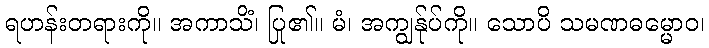
ရဟန်းတရားကို။ အကာသိံ၊ ပြု၏။ မံ၊ အကျွန်ုပ်ကို။ သောပိ သမဏဓမ္မောဝ၊